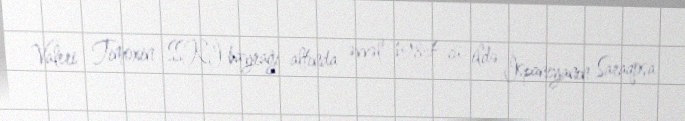
Valeri Timoxin SSRİ bayrağı altında əvvəl 1984-cü ildə İspaniyanın Saraqosa